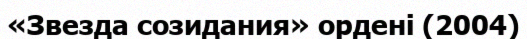
«Звезда созидания» ордені (2004)